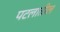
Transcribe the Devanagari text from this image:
पटलातील